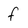
Character: f